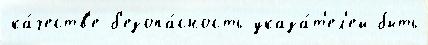
ка́честв'е б'езопа́сность указа́т'ел'ей быть